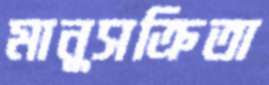
মানুসক্রিতা